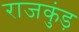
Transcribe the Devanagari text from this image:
राजकुंड़